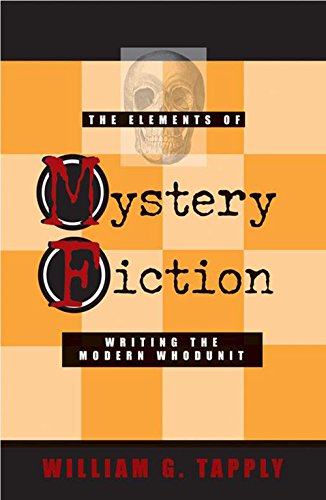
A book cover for The Elements of Mystery Fiction; William G Tapply; Mystery, Thriller & Suspense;